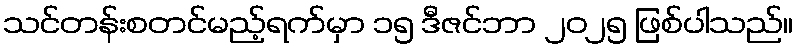
သင်တန်းစတင်မည့်ရက်မှာ ၁၅ ဒီဇင်ဘာ ၂၀၂၅ ဖြစ်ပါသည်။